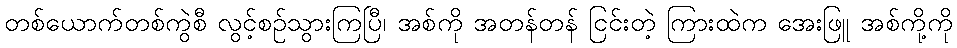
တစ်ယောက်တစ်ကွဲစီ လွင့်စဉ်သွားကြပြီ၊ အစ်ကို အတန်တန် ငြင်းတဲ့ ကြားထဲက အေးဖြူ အစ်ကို့ကို